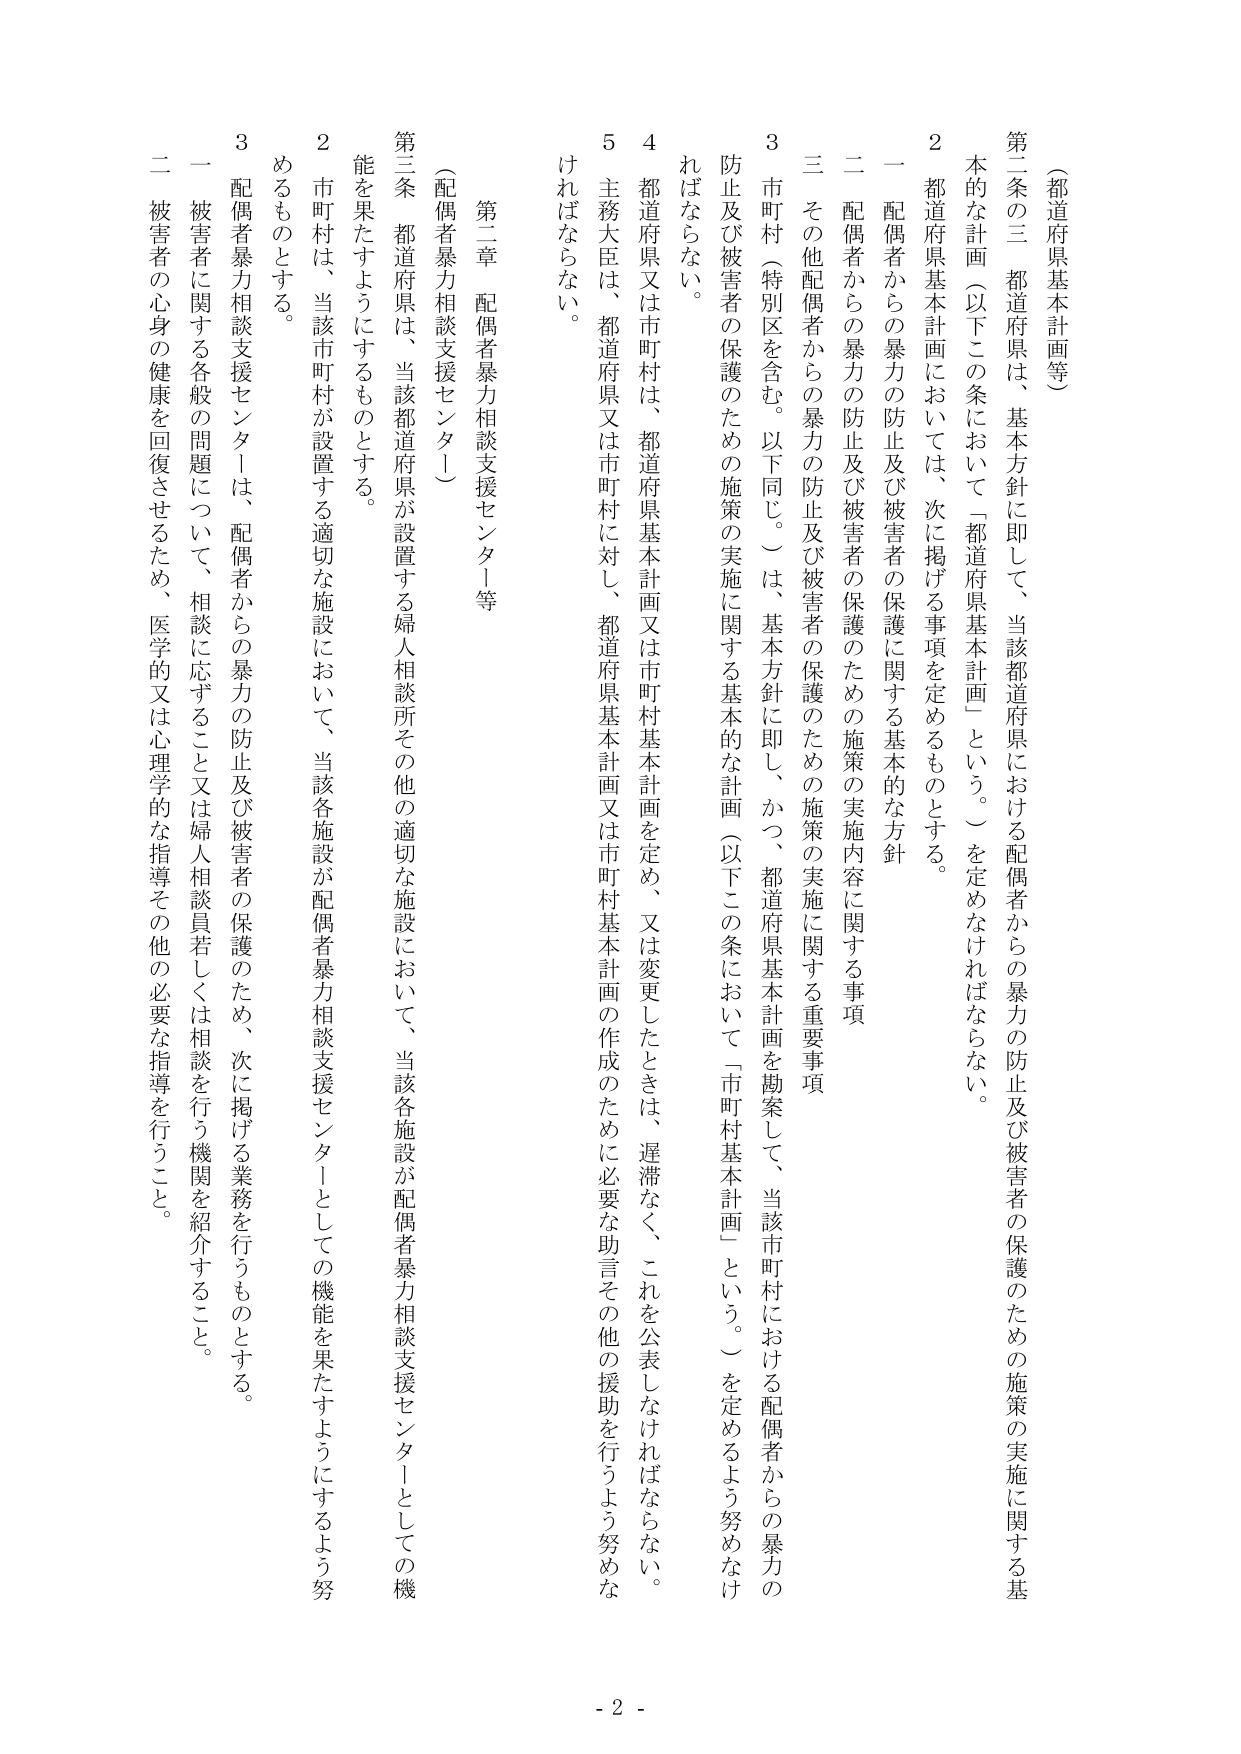
（都道府県基本計画等）

第二条の三 都道府県は、基本方針に即して、当該都道府県における配偶者からの暴力の防止及び被害者の保護のための施策の実施に関する基本的な計画（以下この条において「都道府県基本計画」という。）を定めなければならない。

２ 都道府県基本計画においては、次に掲げる事項を定めるものとする。

一 配偶者からの暴力の防止及び被害者の保護に関する基本的な方針

二 配偶者からの暴力の防止及び被害者の保護のための施策の実施内容に関する事項

三 その他配偶者からの暴力の防止及び被害者の保護のための施策の実施に関する重要事項

３ 市町村（特別区を含む。以下同じ。）は、基本方針に即し、かつ、都道府県基本計画を勘案して、当該市町村における配偶者からの暴力の防止及び被害者の保護のための施策の実施に関する基本的な計画（以下この条において「市町村基本計画」という。）を定めるよう努めなければならない。

４ 都道府県又は市町村は、都道府県基本計画又は市町村基本計画を定め、又は変更したときは、遅滞なく、これを公表しなければならない。

５ 主務大臣は、都道府県又は市町村に対し、都道府県基本計画又は市町村基本計画の作成のために必要な助言その他の援助を行うよう努めなければならない。

第二章 配偶者暴力相談支援センター等

（配偶者暴力相談支援センター）

第三条 都道府県は、当該都道府県が設置する婦人相談所その他の適切な施設において、当該各施設が配偶者暴力相談支援センターとしての機能を果たすようにするものとする。

２ 市町村は、当該市町村が設置する適切な施設において、当該各施設が配偶者暴力相談支援センターとしての機能を果たすようにするよう努めるものとする。

３ 配偶者暴力相談支援センターは、配偶者からの暴力の防止及び被害者の保護のため、次に掲げる業務を行うものとする。

一 被害者に関する各般の問題について、相談に応ずること又は婦人相談員若しくは相談を行う機関を紹介すること。

二 被害者の心身の健康を回復させるため、医学的又は心理学的な指導その他の必要な指導を行うこと。

- 2 -